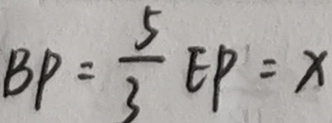
B P = \frac { 5 } { 3 } E P = x